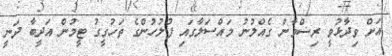
އަށް ވިދާޅުވީ ރިޟްވާން ގެއްލުނު މައްސަލާގައި ފުލުހުންގެ ތަހުގީގު ޓީމުން އަދީބާ ދަނީ